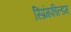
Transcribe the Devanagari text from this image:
स्प्रिंगफील्डम